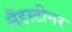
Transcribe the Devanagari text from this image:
लैंडस्टीनर